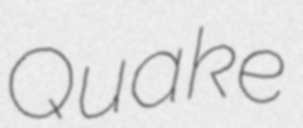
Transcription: Quake